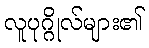
လူပုဂ္ဂိုလ်များ၏